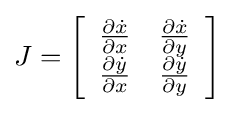
J=\left[{\begin{array}{cc}{\frac {\partial {\dot {x}}}{\partial x}}&{\frac {\partial {\dot {x}}}{\partial y}}\\{\frac {\partial {\dot {y}}}{\partial x}}&{\frac {\partial {\dot {y}}}{\partial y}}\end{array}}\right]